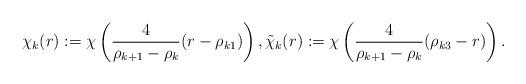
LaTeX: \begin{align*} \chi_k(r):= \chi\left( \frac{4}{\rho_{k+1}-\rho_k} (r-\rho_{k1}) \right), \tilde \chi_k(r):= \chi\left( \frac{4}{\rho_{k+1}-\rho_k} (\rho_{k3}-r) \right).\end{align*}